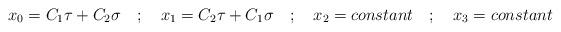
LaTeX: \begin{align*}x_{0} = C_{1}\tau + C_{2}\sigma \quad ; \quad x_{1} = C_{2} \tau+ C_{1}\sigma \quad ; \quad x_{2} = constant \quad ; \quad x_{3}= constant\end{align*}